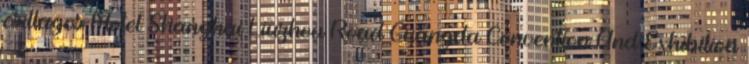
csillagos Motel Shanghai Liuzhou Road Guangda Convention And Exhibition